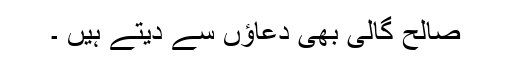
صالح گالی بھی دعاؤں سے دیتے ہیں ۔